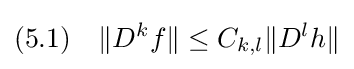
(5.1)\quad \|D^{k}f\|\leq C_{k,l}\|D^{l}h\|